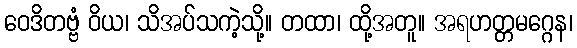
ဝေဒိတဗ္ဗံ ဝိယ၊ သိအပ်သကဲ့သို့။ တထာ၊ ထို့အတူ။ အရဟတ္တမဂ္ဂေန၊